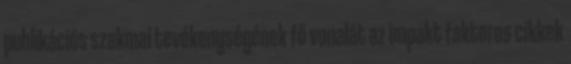
publikációs szakmai tevékenységének fő vonalát az impakt faktoros cikkek